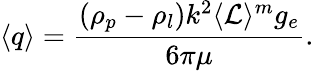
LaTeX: \langle q\rangle=\frac{(\rho_{p}-\rho_{l})k^{2}\langle\mathcal{L}\rangle^{m}g_{e}}{6\pi\mu}.